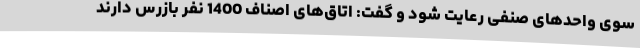
سوی واحدهای صنفی رعایت شود و گفت: اتاق‌های اصناف 1400 نفر بازرس دارند